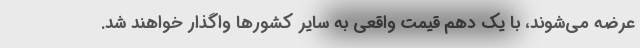
عرضه می‌شوند، با یک دهم قیمت واقعی به سایر کشورها واگذار خواهند شد.